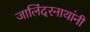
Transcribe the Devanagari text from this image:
जालिंदरनाथांनी